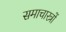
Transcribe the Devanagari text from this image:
समाचारत्रों